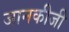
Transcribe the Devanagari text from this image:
जानकीजी